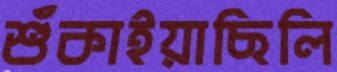
শুঁকাইয়াছিলি